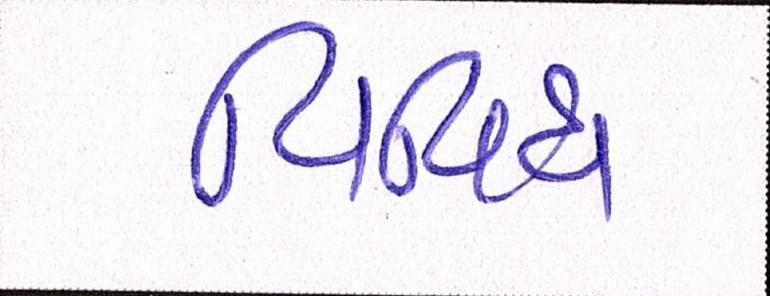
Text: વિવિધ